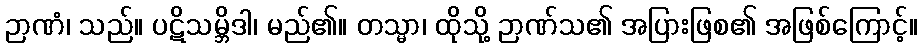
ဉာဏံ၊ သည်။ ပဋိသမ္ဘိဒါ၊ မည်၏။ တသ္မာ၊ ထိုသို့ ဉာဏ်သ၏ အပြားဖြစ၏ အဖြစ်ကြောင့်။